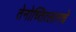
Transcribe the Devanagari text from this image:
तेनोच्तित्लानचे